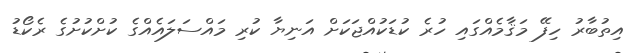
އިތުބާރު ހިފޭ މަޤާމެއްގައި ހުރެ ކުޑަކުއްޖަކަށް އަނިޔާ ކުރި މައްސަލައެއްގެ ކުށްކުށުގެ ރެކޯޑު